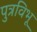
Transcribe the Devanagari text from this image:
पुत्रविभू